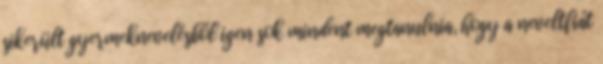
sikerült gyermeknevelésből igen sok mindent megtanulnia, hogy a neveltfiát